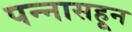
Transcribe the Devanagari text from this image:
पन्‍नासहून